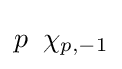
p\;\;\chi _{p,-1}